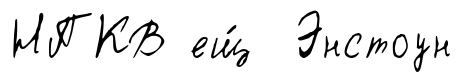
НПКВ ещ́ Энстоун